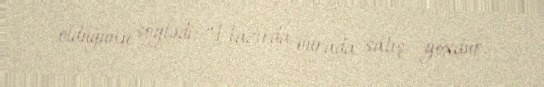
olduğunu söylədi: “Hazırda burada satış yoxdur.